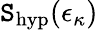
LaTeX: \mathtt{S}_{\mathrm{{hyp}}}(\epsilon_{\kappa})